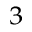
_ 3